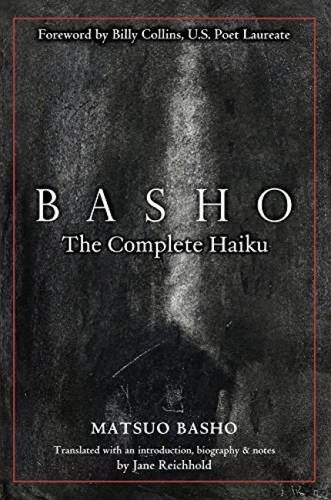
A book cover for Basho: The Complete Haiku; Matsuo Basho; Literature & Fiction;